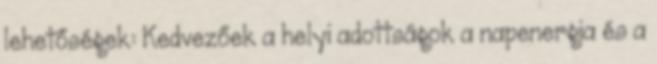
lehetőségek: Kedvezőek a helyi adottságok a napenergia és a